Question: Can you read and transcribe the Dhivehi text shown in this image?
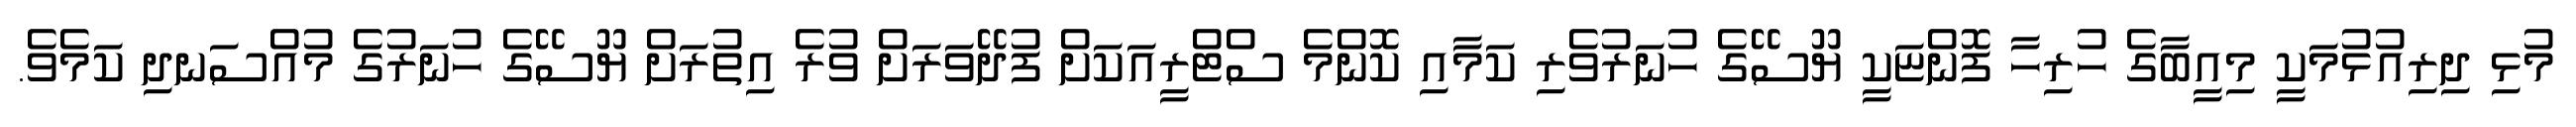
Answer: މުޅި ދިރިއުޅުމަކީ މިއީބާގެ ހުރިހާ ފޮންޏަކީ ޔޫސޭގެ ހުނަރުވެރި ކަމާއި ކޮންމެ ސްޓްރީއަކަށް ފުދޭވަރަށް ވުރެ އިތުރަށް ޔޫސޭގެ ހުނަރުގެ މުއްސަނދި ކަމެވެ.